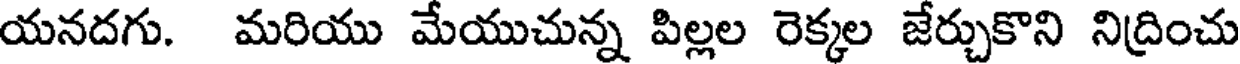
యనదగు. మరియు మేయుచున్న పిల్లల రెక్కల జేర్చుకొని నిద్రించు